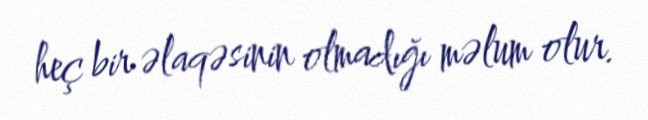
heç bir əlaqəsinin olmadığı məlum olur.